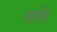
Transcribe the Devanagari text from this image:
पत्तिं